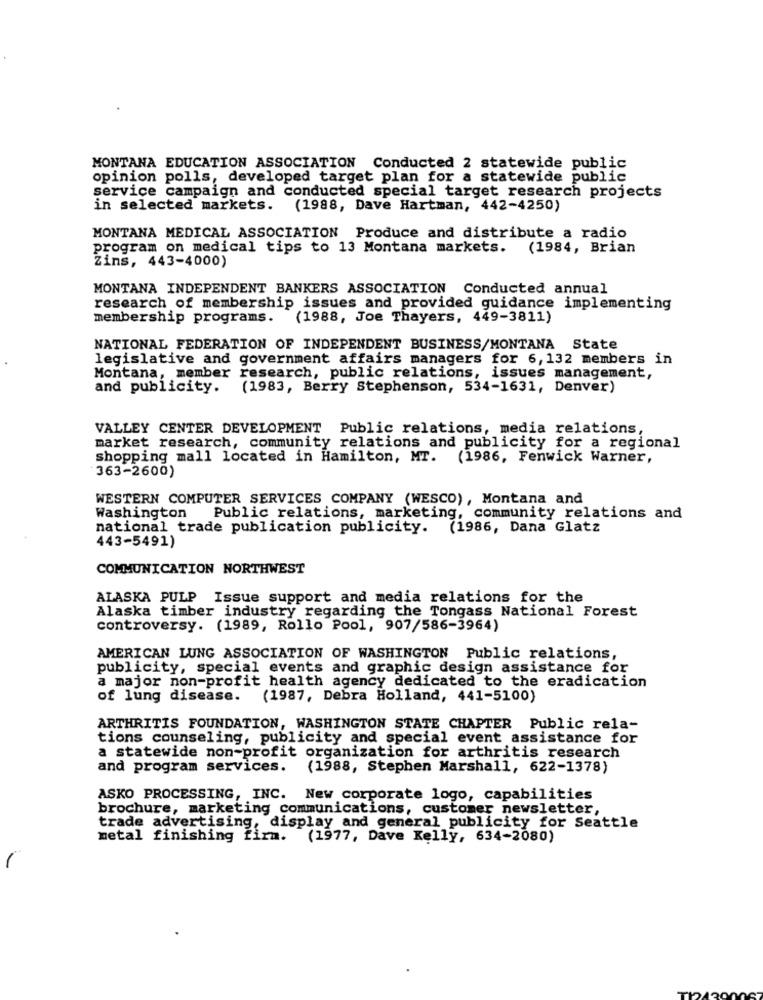
MONTANA EDUCATION ASSOCIATION Conducted 2 statewide public
opinion polls, developed target plan for a statewide public
service campaign and conducted special target research projects
in selected markets. (1988, Dave Hartman, 442-4250)
MONTANA MEDICAL ASSOCIATION Produce and distribute a radio
program on medical tips to 13 Montana markets. (1984, Brian
Zins, 443-4000)
MONTANA INDEPENDENT BANKERS ASSOCIATION Conducted annual
research of membership issues and provided guidance implementing
membership programs.
(1988, Joe Thayers, 449-3811)
NATIONAL FEDERATION OF INDEPENDENT BUSINESS/MONTANA State
legislative and government affairs managers for 6,132 members in
Montana, member research, public relations, issues management,
and publicity. (1983, Berry Stephenson, 534-1631, Denver)
VALLEY CENTER DEVELOPMENT Public relations, media relations,
market research, community relations and publicity for a regional
shopping mall located in Hamilton, MT. (1986, Fenwick Warner,
363-2600)
WESTERN COMPUTER SERVICES COMPANY (WESCO), Montana and
Washington Public relations, marketing, community relations and
national trade publication publicity. (1986, Dana Glatz
443-5491)
COMMUNICATION NORTHWEST
ALASKA PULP Issue support and media relations for the
Alaska timber industry regarding the Tongass National Forest
controversy. (1989, Rollo Pool, 907/586-3964)
AMERICAN LUNG ASSOCIATION OF WASHINGTON Public relations,
publicity, special events and graphic design assistance for
a major non-profit health agency dedicated to the eradication
of lung disease.
(1987, Debra Holland, 441-5100)
ARTHRITIS FOUNDATION, WASHINGTON STATE CHAPTER Public rela-
tions counseling, publicity and special event assistance for
a statewide non-profit organization for arthritis research
and program services.
(1988, Stephen Marshall, 622-1378)
ASKO PROCESSING, INC. New corporate logo, capabilities
brochure, marketing communications, customer newsletter,
trade advertising, display and general publicity for Seattle
metal finishing firm. (1977, Dave Kelly, 634-2080)